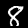
Label: 8